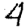
Digit: 4